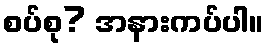
စပ်စု? အနားကပ်ပါ။